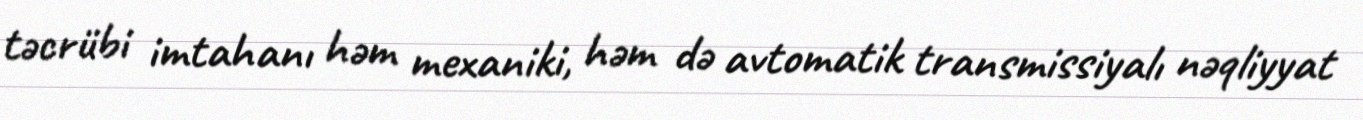
təcrübi imtahanı həm mexaniki, həm də avtomatik transmissiyalı nəqliyyat